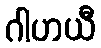
ဂါဟယီ